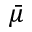
\bar { \mu }